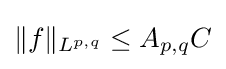
\|f\|_{L^{p,q}}\leq A_{p,q}C